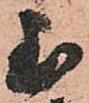
至